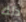
ذلك